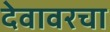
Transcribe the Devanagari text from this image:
देवावरचा